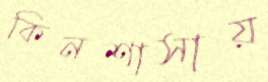
কিনশাসায়